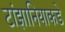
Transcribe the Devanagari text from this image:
टांझानियाकडे